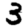
Digit: 3